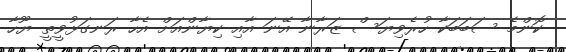
ކޮންމެ ސަބަބަކާ ހުރެވިޔަސް ޒަރާނާ އޭނަ އާއި ކިޔާންއަށް އެހާ ރަނގަޅުވީތީ ޔޫހާ